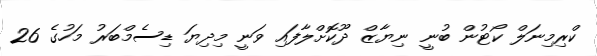
ކްރިމިނަލް ކޯޓުން ބުނީ ނިޔާޒް ދޫކޮށްލާފައި ވަނީ މިދިޔަ ޑިސެމްބަރު މަހުގެ 26